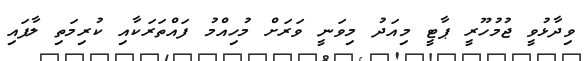
ވިދާޅުވީ ޖުމުހޫރީ ޕާޓީ މިއަދު މިވަނީ ވަރަށް މުހިއްމު ފައްތަރަކާއި ކުރިމަތި ލާފައި